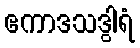
ဧကာဒသဒွါရံ